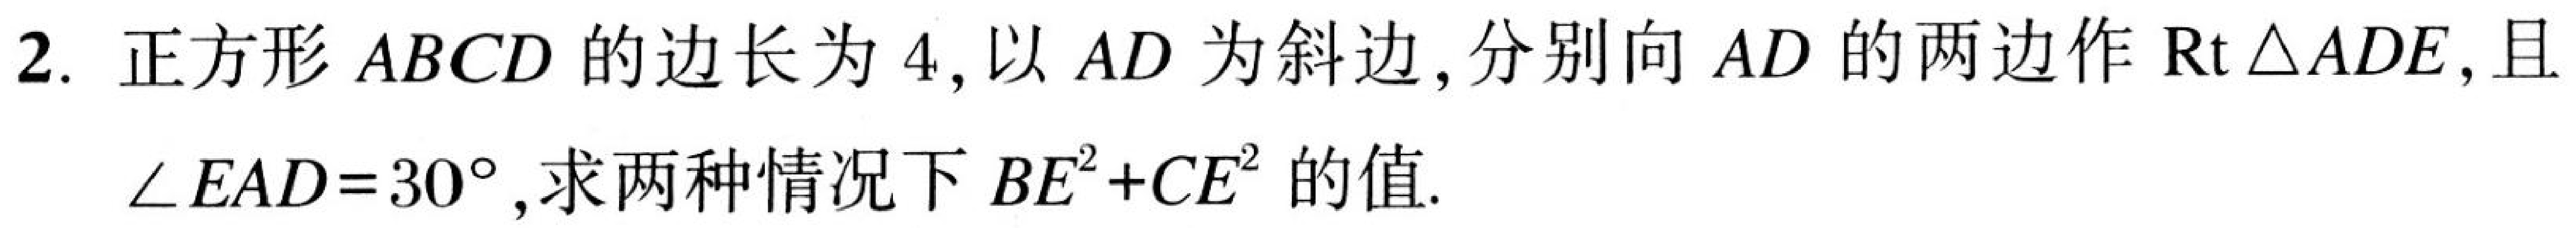
2. 正方形 \(ABCD\) 的边长为 \(4\)，以 \(AD\) 为斜边，分别向 \(AD\) 的两边作 \(\text{Rt}\triangle ADE\)，且
\(\angle EAD = 30^{\circ}\)，求两种情况下 \(BE^{2}+CE^{2}\) 的值.